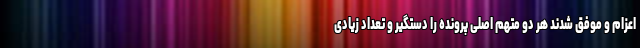
اعزام و موفق شدند هر دو متهم اصلی پرونده را دستگیر و تعداد زیادی